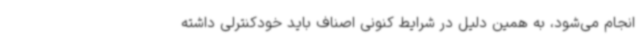
انجام می‌شود، به همین دلیل در شرایط کنونی اصناف باید خودکنترلی داشته